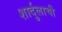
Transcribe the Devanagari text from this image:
शार्दुलाची